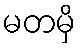
မတမှိ